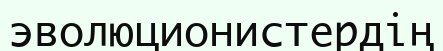
эволюционистердің